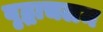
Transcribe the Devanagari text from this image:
वृद्धाचलम